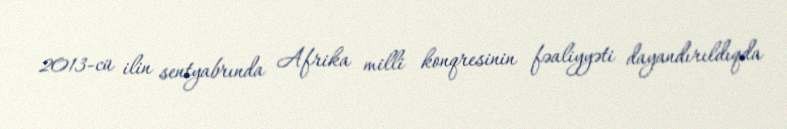
2013-cü ilin sentyabrında Afrika milli konqresinin fəaliyyəti dayandırıldıqda